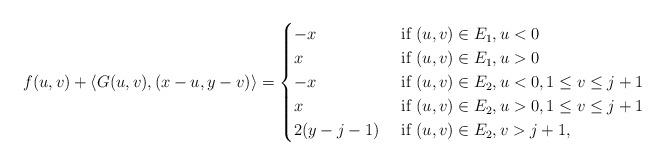
LaTeX: \begin{align*}f(u,v)+\langle G(u,v), (x-u, y-v)\rangle=\begin{cases}-x & \textrm{ if } (u,v)\in E_1, u<0 \\x & \textrm{ if } (u,v)\in E_1, u>0 \\-x & \textrm{ if } (u,v)\in E_2, u<0, 1\leq v\leq j+1 \\x & \textrm{ if } (u,v)\in E_2, u>0, 1\leq v\leq j+1 \\2(y-j-1) & \textrm{ if } (u,v)\in E_2, v>j+1,\end{cases}\end{align*}